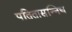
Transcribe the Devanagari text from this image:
पतितासन्निध